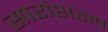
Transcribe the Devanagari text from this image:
सारांशरूप